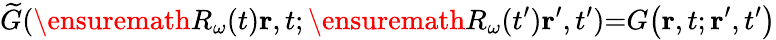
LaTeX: \widetilde{G}(\ensuremath{R_{\omega}}(t)\mathbf{r},t;\ensuremath{R_{\omega}}(t^{\prime})\mathbf{r}^{\prime},t^{\prime}){=}G\big(\mathbf{r},t;\mathbf{r}^{\prime},t^{\prime}\big)